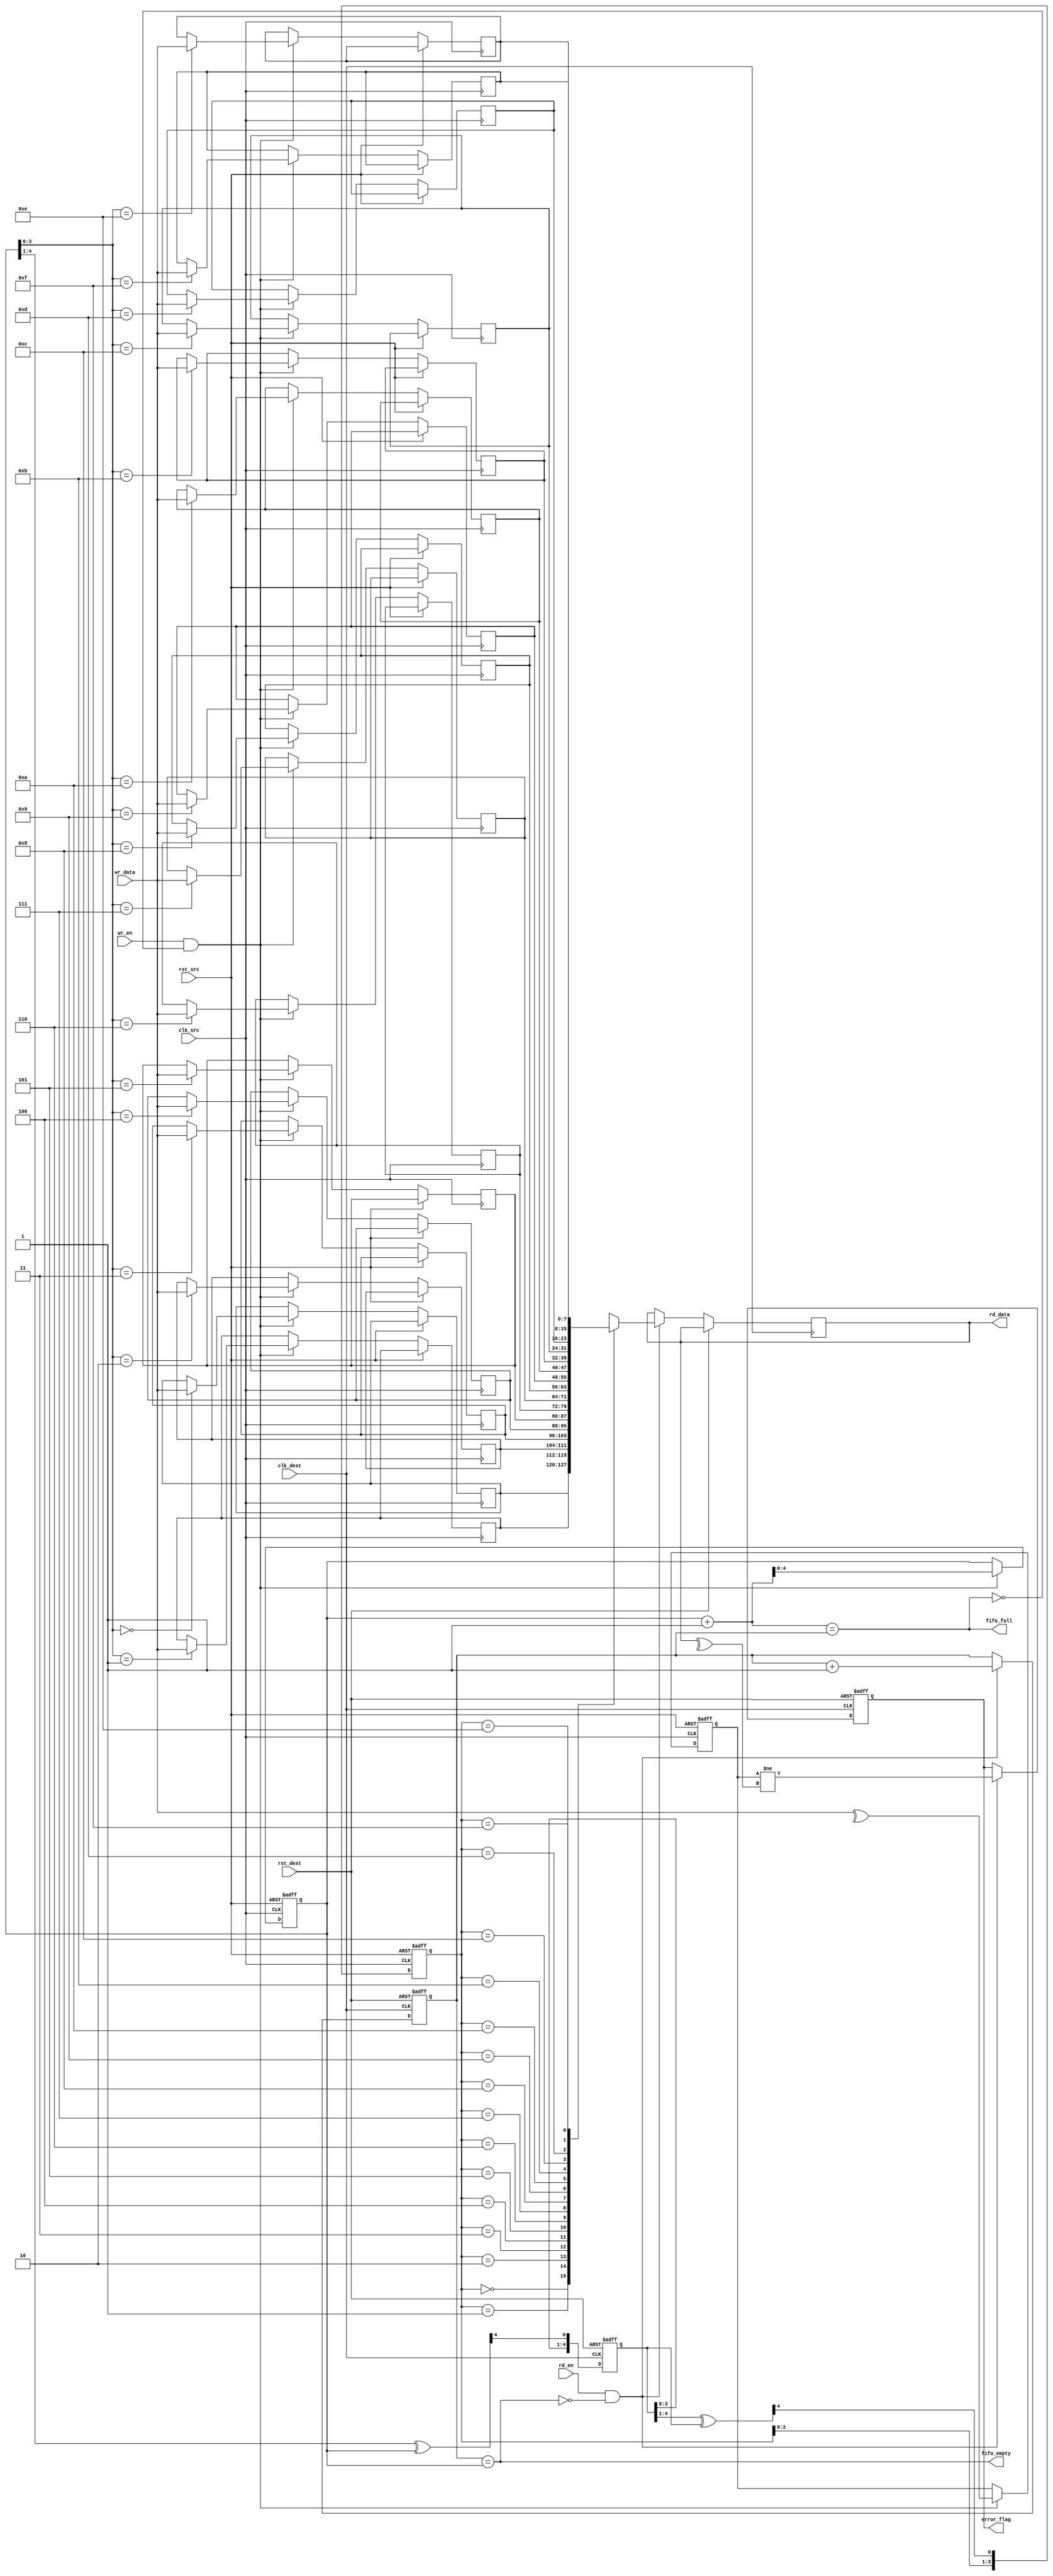
module dual_clock_fifo #(
    parameter DATA_WIDTH = 8,
    parameter FIFO_DEPTH = 16
)(
    input wire clk_src,      // Source Clock
    input wire clk_dest,     // Destination Clock
    input wire rst_src,      // Async Reset for Source Domain
    input wire rst_dest,     // Async Reset for Destination Domain
    input wire [DATA_WIDTH-1:0] wr_data, // Data to write
    input wire wr_en,        // Write Enable
    input wire rd_en,        // Read Enable
    output reg [DATA_WIDTH-1:0] rd_data, // Data read from FIFO
    output reg error_flag,   // Error flag for parity mismatch
    output wire fifo_full,    // FIFO full flag
    output wire fifo_empty    // FIFO empty flag
);

    // Internal signals
    reg [DATA_WIDTH-1:0] fifo_mem [0:FIFO_DEPTH-1]; // FIFO Memory
    reg [4:0] wr_ptr;  // Write Pointer
    reg [4:0] rd_ptr;  // Read Pointer
    reg [4:0] wr_ptr_gray, rd_ptr_gray;    // Gray coded pointers
    reg [4:0] wr_ptr_sync, rd_ptr_sync;    // Synchronized pointers
    reg wr_parity; // Parity bit for written data
    reg [4:0] wr_ptr_gray_next;

    // Write Control Logic
    always @(posedge clk_src or posedge rst_src) begin
        if (rst_src) begin
            wr_ptr <= 0;
            wr_parity <= 0;
        end else begin
            if (wr_en && !fifo_full) begin
                fifo_mem[wr_ptr] <= wr_data;
                wr_parity <= ^wr_data; // Generate parity (even parity)
                wr_ptr <= wr_ptr + 1;
            end
        end
    end

    // Read Control Logic
    always @(posedge clk_dest or posedge rst_dest) begin
        if (rst_dest) begin
            rd_ptr <= 0;
            error_flag <= 0;
        end else begin
            if (rd_en && !fifo_empty) begin
                rd_data <= fifo_mem[rd_ptr_sync];
                // Check parity
                error_flag <= (wr_parity != ^rd_data); // Parity check
                rd_ptr <= rd_ptr + 1;
            end
        end
    end

    // FIFO full and empty flags
    assign fifo_full = (wr_ptr[4:0] + 1) == rd_ptr[4:0];
    assign fifo_empty = (rd_ptr[4:0] == wr_ptr[4:0]);

    // Gray Code Encoding for write pointer
    always @(wr_ptr) begin
        wr_ptr_gray = (wr_ptr >> 1) ^ wr_ptr;
    end

    // Synchronizing write pointer into destination clock domain
    always @(posedge clk_dest or posedge rst_dest) begin
        if (rst_dest) begin
            wr_ptr_sync <= 0;
        end else begin
            wr_ptr_sync <= {wr_ptr_sync[3:0], wr_ptr_gray[4]}; // Synchronization
        end
    end

    // Gray Code Decoding for read pointer
    always @(wr_ptr_sync) begin
        rd_ptr_gray = (wr_ptr_sync >> 1) ^ wr_ptr_sync;
    end

    // Synchronizing read pointer into source clock domain
    always @(posedge clk_src or posedge rst_src) begin
        if (rst_src) begin
            rd_ptr_sync <= 0;
        end else begin
            rd_ptr_sync <= {rd_ptr_sync[3:0], rd_ptr_gray[4]}; // Synchronization
        end
    end

endmodule